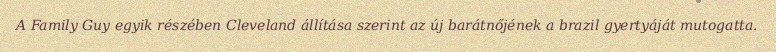
A Family Guy egyik részében Cleveland állítása szerint az új barátnőjének a brazil gyertyáját mutogatta.